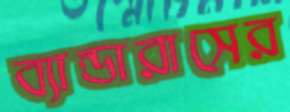
ব্যান্ডারাসের